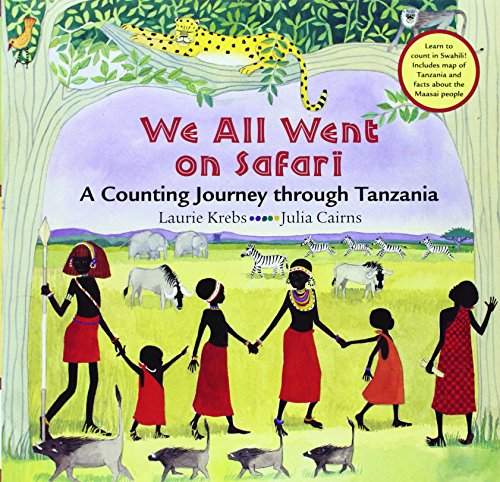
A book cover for We All Went On Safari; Laurie Krebs; Children's Books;